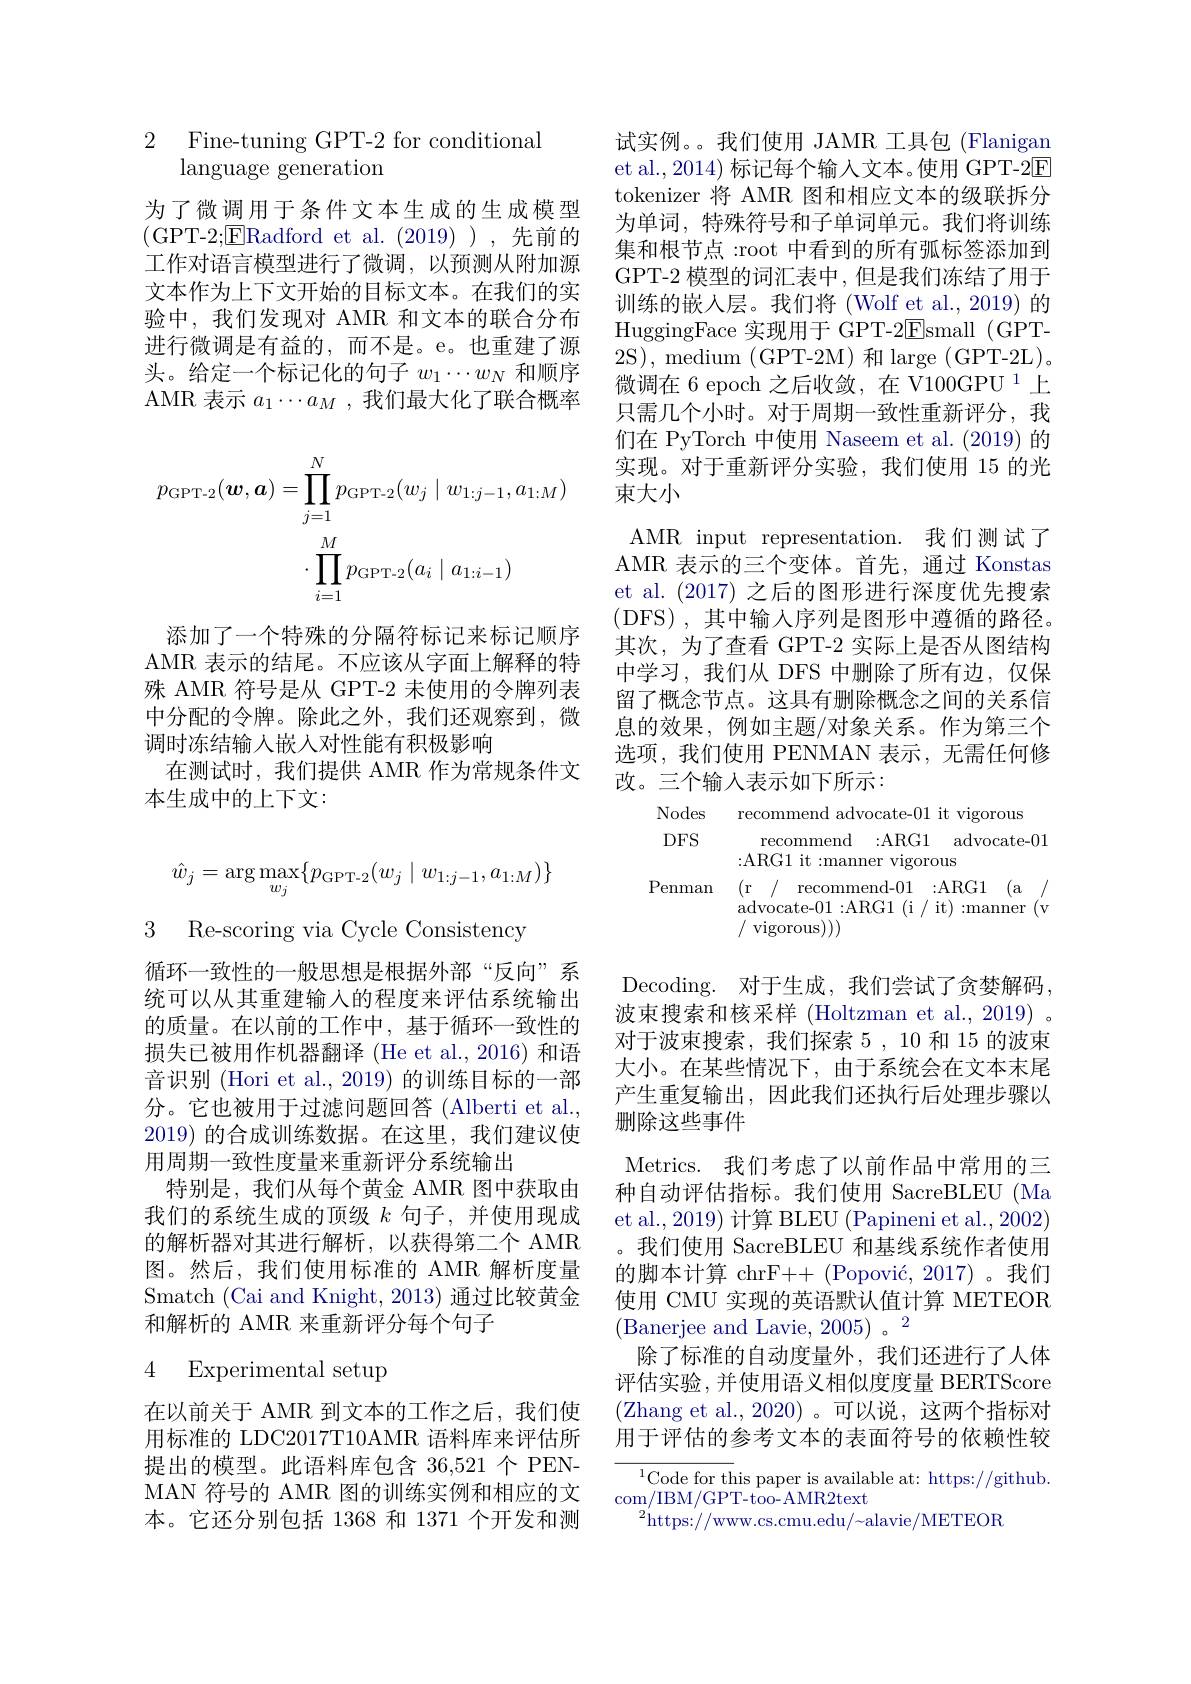
2 Fine-tuning GPT-2 for conditional
language generation

为了微调用于条件文本生成的生成模型(GPT-2;$\underline{\mathrm{E}}$Radford et al.(2019)),先前的工作对语言模型进行了微调，以预测从附加源文本作为上下文开始的目标文本。在我们的实验中，我们发现对 AMR 和文本的联合分布进行微调是有益的，而不是。e。也重建了源头。给定一个标记化的句子$w_1\cdots w_N$和顺序AMR 表示$a_1\cdots a_{M}$ ,我们最大化了联合概率
$$\begin{aligned}p_{\mathrm{GPT-2}}(\boldsymbol{w},\boldsymbol{a})&=\prod_{j=1}^{N}p_{\mathrm{GPT-2}}(w_{j}\mid w_{1:j-1},a_{1:M})\\&\cdot\prod_{i=1}^{M}p_{\mathrm{GPT-2}}(a_{i}\mid a_{1:i-1})\end{aligned}$$
添加了一个特殊的分隔符标记来标记顺序AMR 表示的结尾。不应该从字面上解释的特殊 AMR 符号是从 GPT-2 未使用的令牌列表中分配的令牌。除此之外，我们还观察到，微调时冻结输入嵌入对性能有积极影响
在测试时，我们提供 AMR 作为常规条件文
本生成中的上下文：
$$\hat{w}_j=\arg\max_{w_j}\{p_{\text{GPT-2}}(w_j\mid w_{1:j-1},a_{1:M})\}$$
3 Re-scoring via Cycle Consistency

循环一致性的一般思想是根据外部“反向”系统可以从其重建输入的程度来评估系统输出的质量。在以前的工作中，基于循环一致性的损失已被用作机器翻译 (He et al.,2016) 和语音识别 (Hori et al., 2019) 的训练目标的一部分。它也被用于过滤问题回答(Alberti et al., 2019) 的合成训练数据。在这里，我们建议使用周期一致性度量来重新评分系统输出
特别是，我们从每个黄金 AMR 图中获取由我们的系统生成的顶级$k$句子，并使用现成的解析器对其进行解析，以获得第二个 AMR 图。然后，我们使用标准的 AMR 解析度量Smatch (Cai and Knight, 2013) 通过比较黄金和解析的 AMR 来重新评分每个句子

# 4 Experimental setup

在以前关于 AMR 到文本的工作之后，我们使用标准的 LDC2017T10AMR 语料库来评估所提出的模型。此语料库包含 36,521 个 PENMAN 符号的 AMR 图的训练实例和相应的文本。它还分别包括 1368 和 1371 个开发和测

试实例。。我们使用 JAMR 工具包 (Flanigan et al., 2014) 标记每个输入文本。使用 GPT-2$\boxed{\mathrm{F}}$ tokenizer 将 AMR 图和相应文本的级联拆分为单词，特殊符号和子单词单元。我们将训练集和根节点：root 中看到的所有弧标签添加到GPT-2 模型的词汇表中，但是我们冻结了用于训练的嵌入层。我们将 (Wolf et al., 2019) 的HuggingFace 实现用于 GPT-2Esmall ( GPT- 2S), medium (GPT-2M) 和 large (GPT-2L)。微调在 6 epoch 之后收敛，在 V100GPU $^{1}$上只需几个小时。对于周期一致性重新评分，我们在 PyTorch 中使用 Naseem et al. (2019) 的实现。对于重新评分实验，我们使用 15 的光束大小
AMR input representation. 我们测试了AMR 表示的三个变体。首先，通过 Konstas et al. (2017)之后的图形进行深度优先搜索(DFS),其中输入序列是图形中遵循的路径。其次，为了查看 GPT-2 实际上是否从图结构中学习，我们从 DFS 中删除了所有边，仅保留了概念节点。这具有删除概念之间的关系信息的效果，例如主题/对象关系。作为第三个选项，我们使用 PENMAN 表示，无需任何修改。三个输入表示如下所示：
Nodes recommend advocate-01 it vigorous

DFS

recommend :ARG1 advocate-01
:ARG1 it :manner vigorous
Penman (r/ recommend-01 :ARG1 (a /
advocate-01:ARG1(i/it):manner(v
/ vigorous))

Decoding. 对于生成，我们尝试了贪婪解码， 波束搜索和核采样 (Holtzman et al., 2019) 。对于波束搜索，我们探索 5 , 10 和 15 的波束大小。在某些情况下，由于系统会在文本末尾产生重复输出，因此我们还执行后处理步骤以删除这些事件
Metrics. 我们考虑了以前作品中常用的三种自动评估指标。我们使用 SacreBLEU (Ma et al.,2019) 计算 BLEU (Papineni et al., 2002) 。我们使用 SacreBLEU 和基线系统作者使用的脚本计算 chrF++ (Popović, 2017) 。我们使用 CMU 实现的英语默认值计算 METEOR
除了标准的自动度量外，我们还进行了人体评估实验，并使用语义相似度度量 BERTScore (Zhang et al.,2020)。可以说，这两个指标对用于评估的参考文本的表面符号的依赖性较

${\overline{{^{1}\text{Code for th}}}}$is paper is available at: https://github.
com/IBM/GPT-too-AMR2text
$^{2}$https://www.cs.cmu.edu/~alavie/METEOR